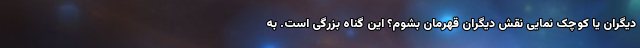
دیگران یا کوچک نمایی نقش دیگران قهرمان بشوم؟ این گناه بزرگی است. به